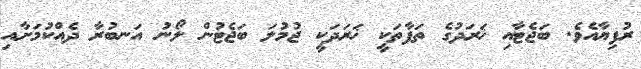
ރުފިޔާއެވެ. ބަޖެޓާއި ޚަރަދުގެ ތަފާތަކީ ޚަރަދަކީ ޖުމުލަ ބަޖެޓުން ލޯނު އަނބުރާ ދެއްކުމަށާއި